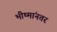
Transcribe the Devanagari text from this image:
भीष्मांनतर